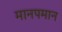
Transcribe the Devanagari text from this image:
मानपमान